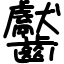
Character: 齾